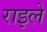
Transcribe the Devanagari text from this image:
राइले